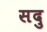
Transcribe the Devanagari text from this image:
सदु